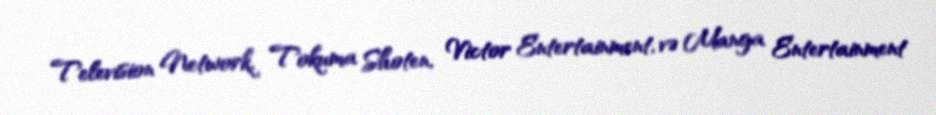
Television Network, Tokuma Shoten, Victor Entertainment, və Manga Entertainment